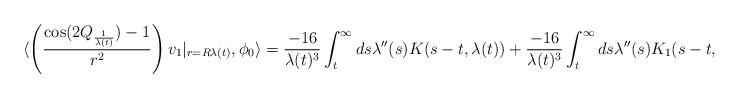
LaTeX: \begin{align*} \langle \left(\frac{\cos(2Q_{\frac{1}{\lambda(t)}})-1}{r^{2}}\right)v_{1}\vert_{r=R\lambda(t)},\phi_{0}\rangle &= \frac{-16}{\lambda(t)^{3}} \int_{t}^{\infty} ds \lambda''(s) K(s-t,\lambda(t)) + \frac{-16}{\lambda(t)^{3}} \int_{t}^{\infty} ds \lambda''(s) K_{1}(s-t,\lambda(t))\end{align*}